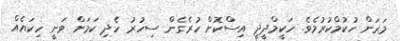
މަރަން ހުކުމްކުރުމެވެ. ހަކީމްދީދީ އިސްކޮށް ހުރެގެން ސިހުރު ހެދި ކަމަށް ވަނީ ހިކައެއް